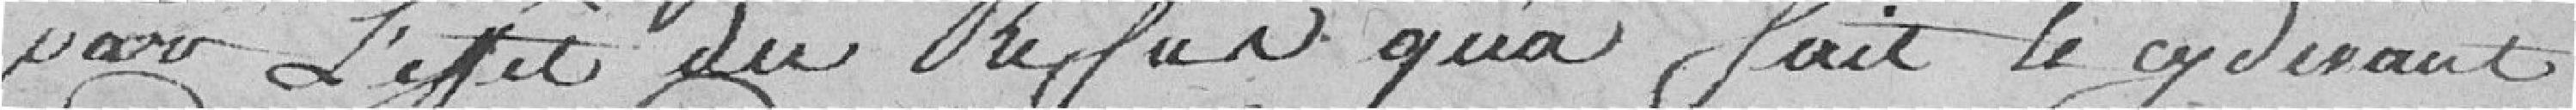
pour l'effet du refus qu'à fait le cy devant